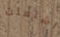
اشتعلت